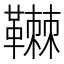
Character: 䪂